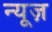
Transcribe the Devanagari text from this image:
न्‍यूज़